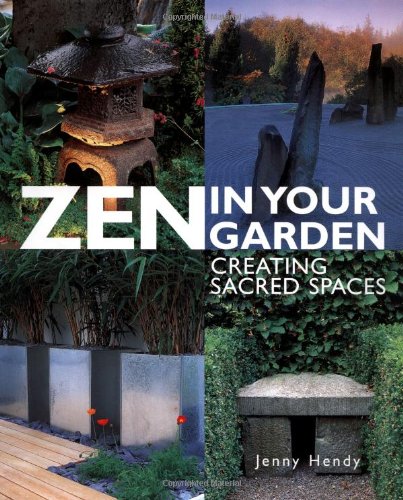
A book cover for Zen in Your Garden: Creating Sacred Spaces; Jenny Hendy; Crafts, Hobbies & Home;